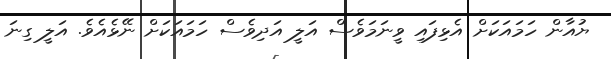
ޔުއާން ހަމައަކަށް އެޅިފައި ވީނަމަވެސް އަލީ އަދިވެސް ހަމައަކަށް ނޭޅެއެވެ. އަލީ ގިނަ